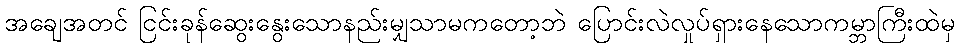
အချေအတင် ငြင်းခုန်ဆွေးနွေးသောနည်းမျှသာမကတော့ဘဲ ပြောင်းလဲလှုပ်ရှားနေသောကမ္ဘာကြီးထဲမှ